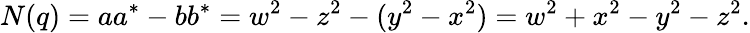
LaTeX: N(q)=aa^{*}-bb^{*}=w^{2}-z^{2}-(y^{2}-x^{2})=w^{2}+x^{2}-y^{2}-z^{2}.